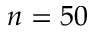
n = 5 0